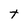
Character: t